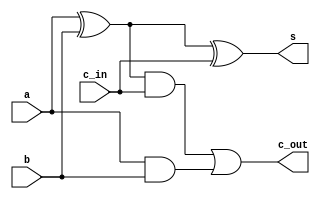
module full_adder(
    input a,
    input b,
    input c_in,
    output s,
    output c_out
);

    // Dataflow programming style.

    assign s = (a ^ b) ^ c_in;
    assign c_out = ((a ^ b) & c_in) | (a & b);

endmodule